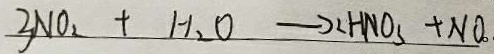
3 N O _ { 2 } + H _ { 2 } O \rightarrow 2 H N O _ { 3 } + N O .